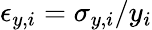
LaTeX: \epsilon_{y,i}=\sigma_{y,i}/y_{i}